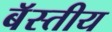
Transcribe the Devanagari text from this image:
बॅस्तीय